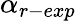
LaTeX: \alpha_{r-exp}